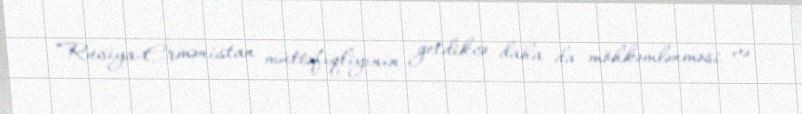
“Rusiya-Ermənistan müttəfiqliyinin getdikcə daha da möhkəmlənməsi və